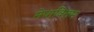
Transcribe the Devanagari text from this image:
मेधावितम